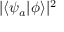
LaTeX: | \langle \psi _ { a } | \phi \rangle | ^ { 2 }